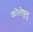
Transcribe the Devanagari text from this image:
कोलेष़ुत्तु